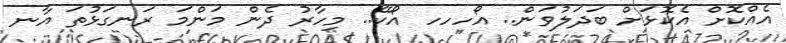
އެއްކޮށް އެކޮޅަށް ބަދަލުވަން.. އޯހހހ އޯކޭ.. މިހާރު ދެން މަންމަ ރަނގަޅުތަ އާނ